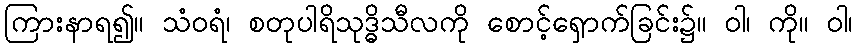
ကြားနာရ၍။ သံဝရံ၊ စတုပါရိသုဒ္ဓိသီလကို စောင့်ရှောက်ခြင်း၌။ ဝါ၊ ကို။ ဝါ၊